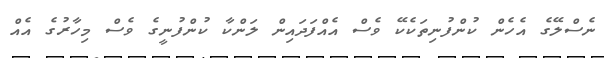
ނެސްލޭގެ އެހެން ކުންފުނިތަކެކޭ ވެސް އެއްފަދައިން ލަންކާ ކުންފުނީގެ ވެސް މިހާރުގެ އެއް